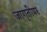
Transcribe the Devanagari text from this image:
जागृतीपर